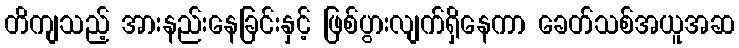
တိကျသည့် အားနည်းနေခြင်းနှင့် ဖြစ်ပွားလျက်ရှိနေကာ ခေတ်သစ်အယူအဆ